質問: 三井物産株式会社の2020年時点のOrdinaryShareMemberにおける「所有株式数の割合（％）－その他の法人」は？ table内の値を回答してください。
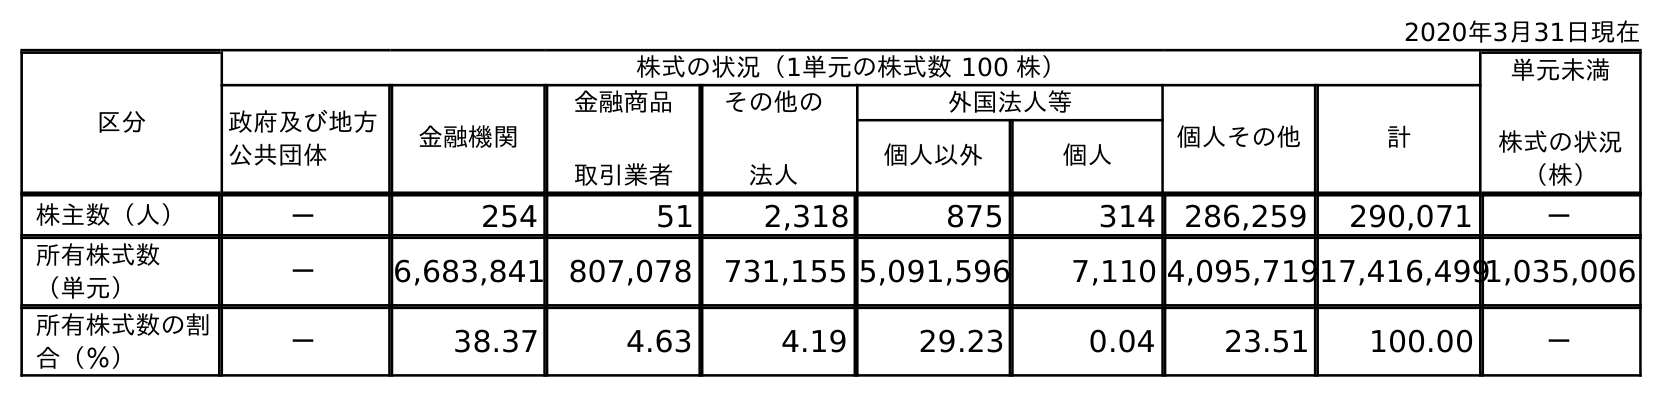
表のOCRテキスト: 2020年3月31日現在 区分 株式の状況（1単元の株式数 100 株） 単元未満 株式の状況 （株） 政府及び地方 公共団体 金融機関 金融商品 取引業者 その他の 法人 外国法人等 個人その他 計 個人以外 個人 株主数（人） － 254 51 2,318 875 314 286,259 290,071 － 所有株式数 （単元） － 6,683,841 807,078 731,155 5,091,596 7,110 4,095,71917,416,4991,035,006 所有株式数の割 合（％） － 38.37 4.63 4.19 29.23 0.04 23.51 100.00 －
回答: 4.19